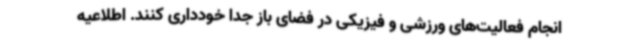
انجام فعالیت‌های ورزشی و فیزیکی در فضای باز جدا خودداری کنند. اطلاعیه